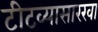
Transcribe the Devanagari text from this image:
टीटव्यासारखा